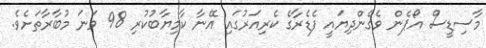
މާސިޑީސް އޯޕެން ވެގެންދިޔައީ ފެޑެރާގެ ކެރިއަރުގައި އޭނާ ކާމިޔާބުކުރި 98 ވަނަ މުބާރާތަށެވެ.